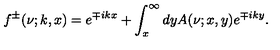
f ^ { \pm } ( \nu ; k , x ) = e ^ { \mp i k x } + \int _ { x } ^ { \infty } d y A ( \nu ; x , y ) e ^ { \mp i k y } .